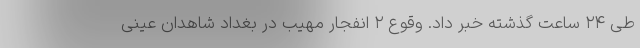
طی ۲۴ ساعت گذشته خبر داد. وقوع ۲ انفجار مهیب در بغداد شاهدان عینی